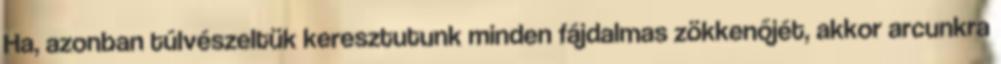
Ha, azonban túlvészeltük keresztutunk minden fájdalmas zökkenőjét, akkor arcunkra